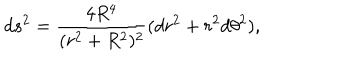
d s ^ { 2 } = { \frac { 4 R ^ { 4 } } { ( r ^ { 2 } + R ^ { 2 } ) ^ { 2 } } } ( d r ^ { 2 } + r ^ { 2 } d \theta ^ { 2 } ) ,